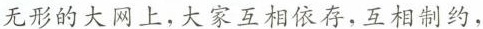
无形的大网上，大家互相依存，互相制约，